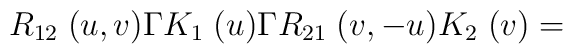
R_{12}\; (u,v) \Gamma K_{1} \; (u)\Gamma R_{21}\; (v,- u) K_{2}\; (v) =